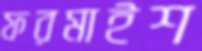
ফরমাইশ